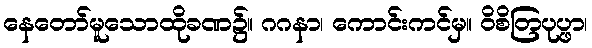
နေတော်မူသောထိုခဏ၌။ ဂဂနာ၊ ကောင်းကင်မှ။ ဝိစိတြပုပ္ဖာ၊